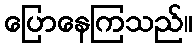
ပြောနေကြသည်။